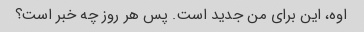
اوه، این برای من جدید است. پس هر روز چه خبر است؟